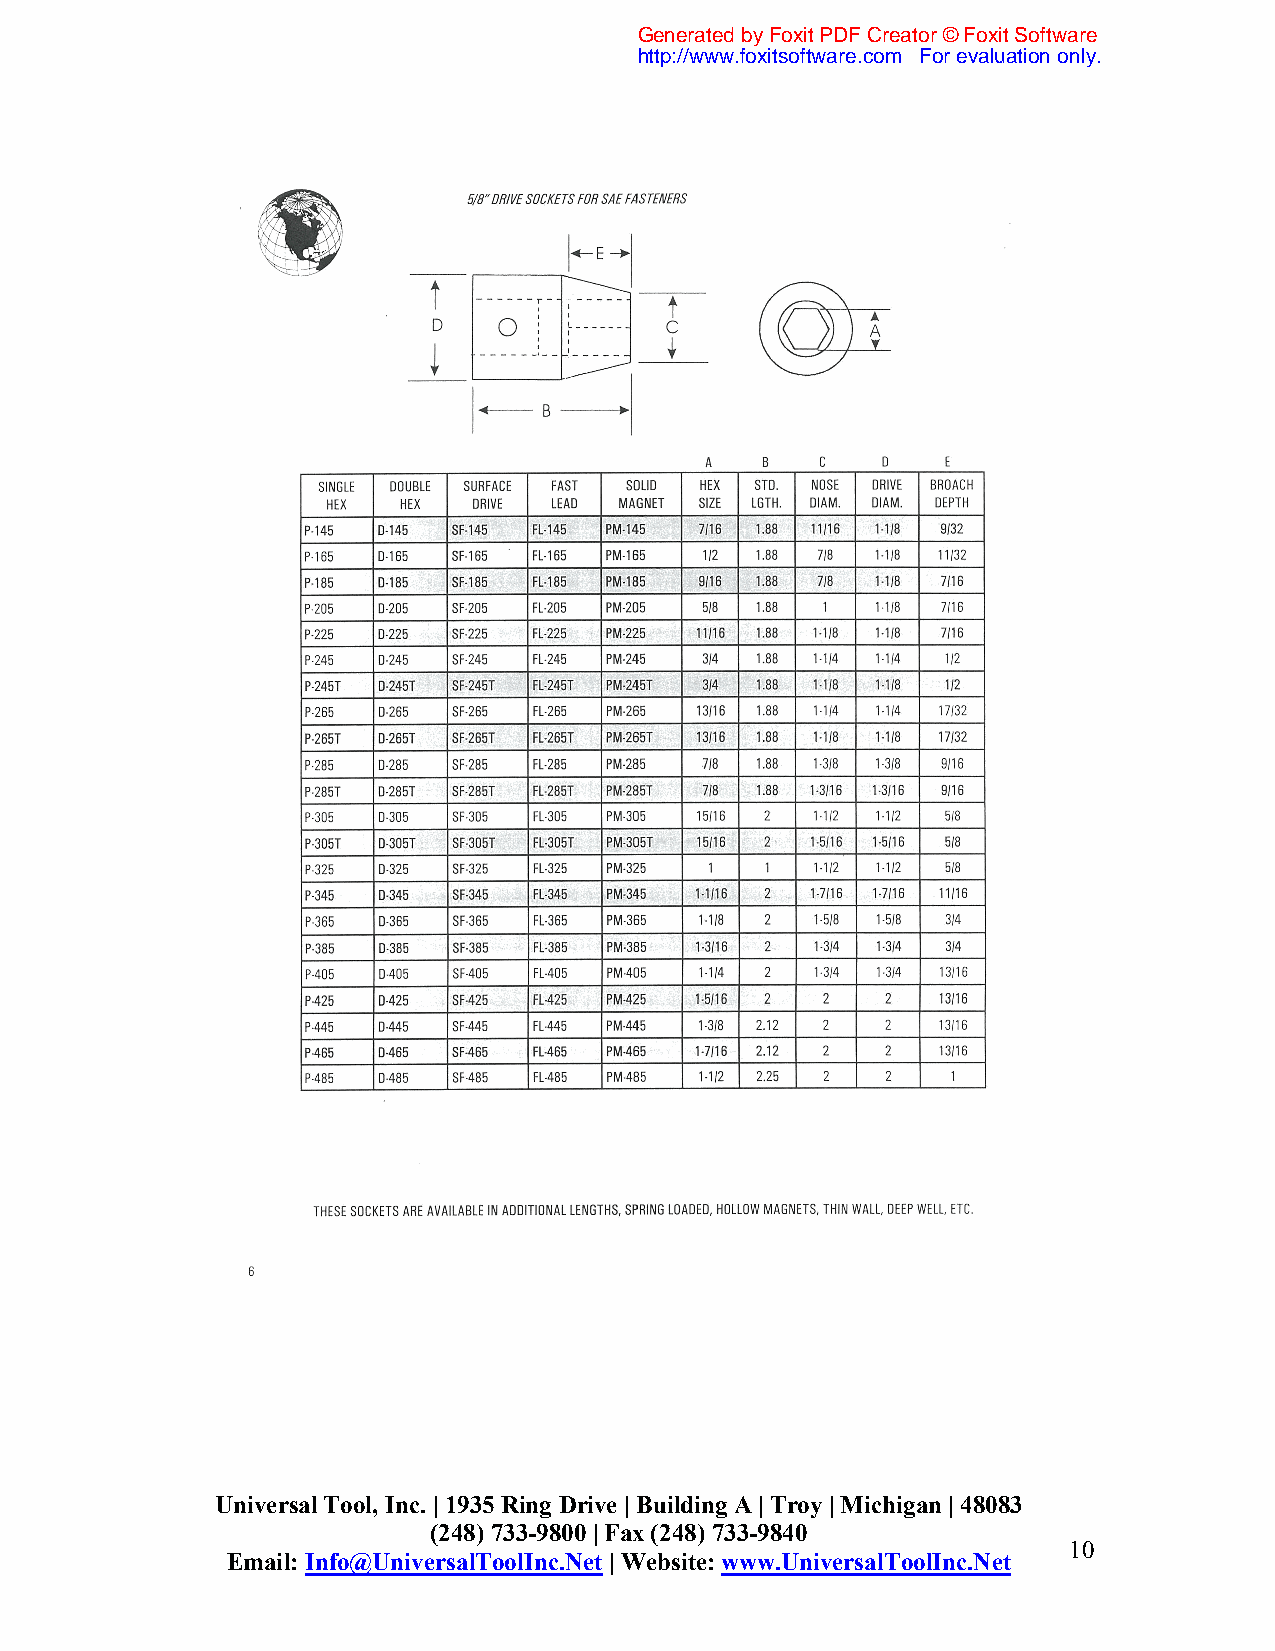
Generated by Foxit PDF Creator © Foxit Software
 http://www.foxitsoftware.com For evaluation only.
 Universal Tool, Inc. | 1935 Ring Drive | Building A | Troy | Michigan | 48083
 (248) 733-9800 | Fax (248) 733-9840
 10
 Email: Info@UniversalToolInc.Net | Website: www.UniversalToolInc.Net